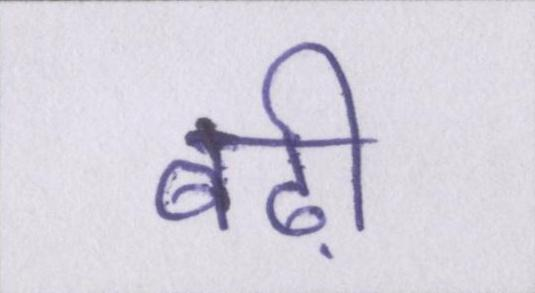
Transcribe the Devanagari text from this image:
बढ़ी